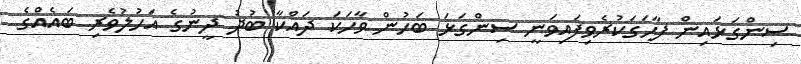
ސިންގަޅައިން ފާހަގަކުރެވިފައިވަނީ ސިންގަޅަ ބަހުން ވާހަކަ ދައްކާ ބުދު ދީނުގެ އަހުލުވެރި ބައެއްގެ